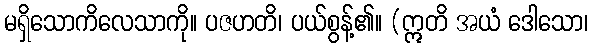
မရှိသောကိလေသာကို။ ပဇဟတိ၊ ပယ်စွန့်၏။ (ဣတိ အယံ ဒေါသော၊